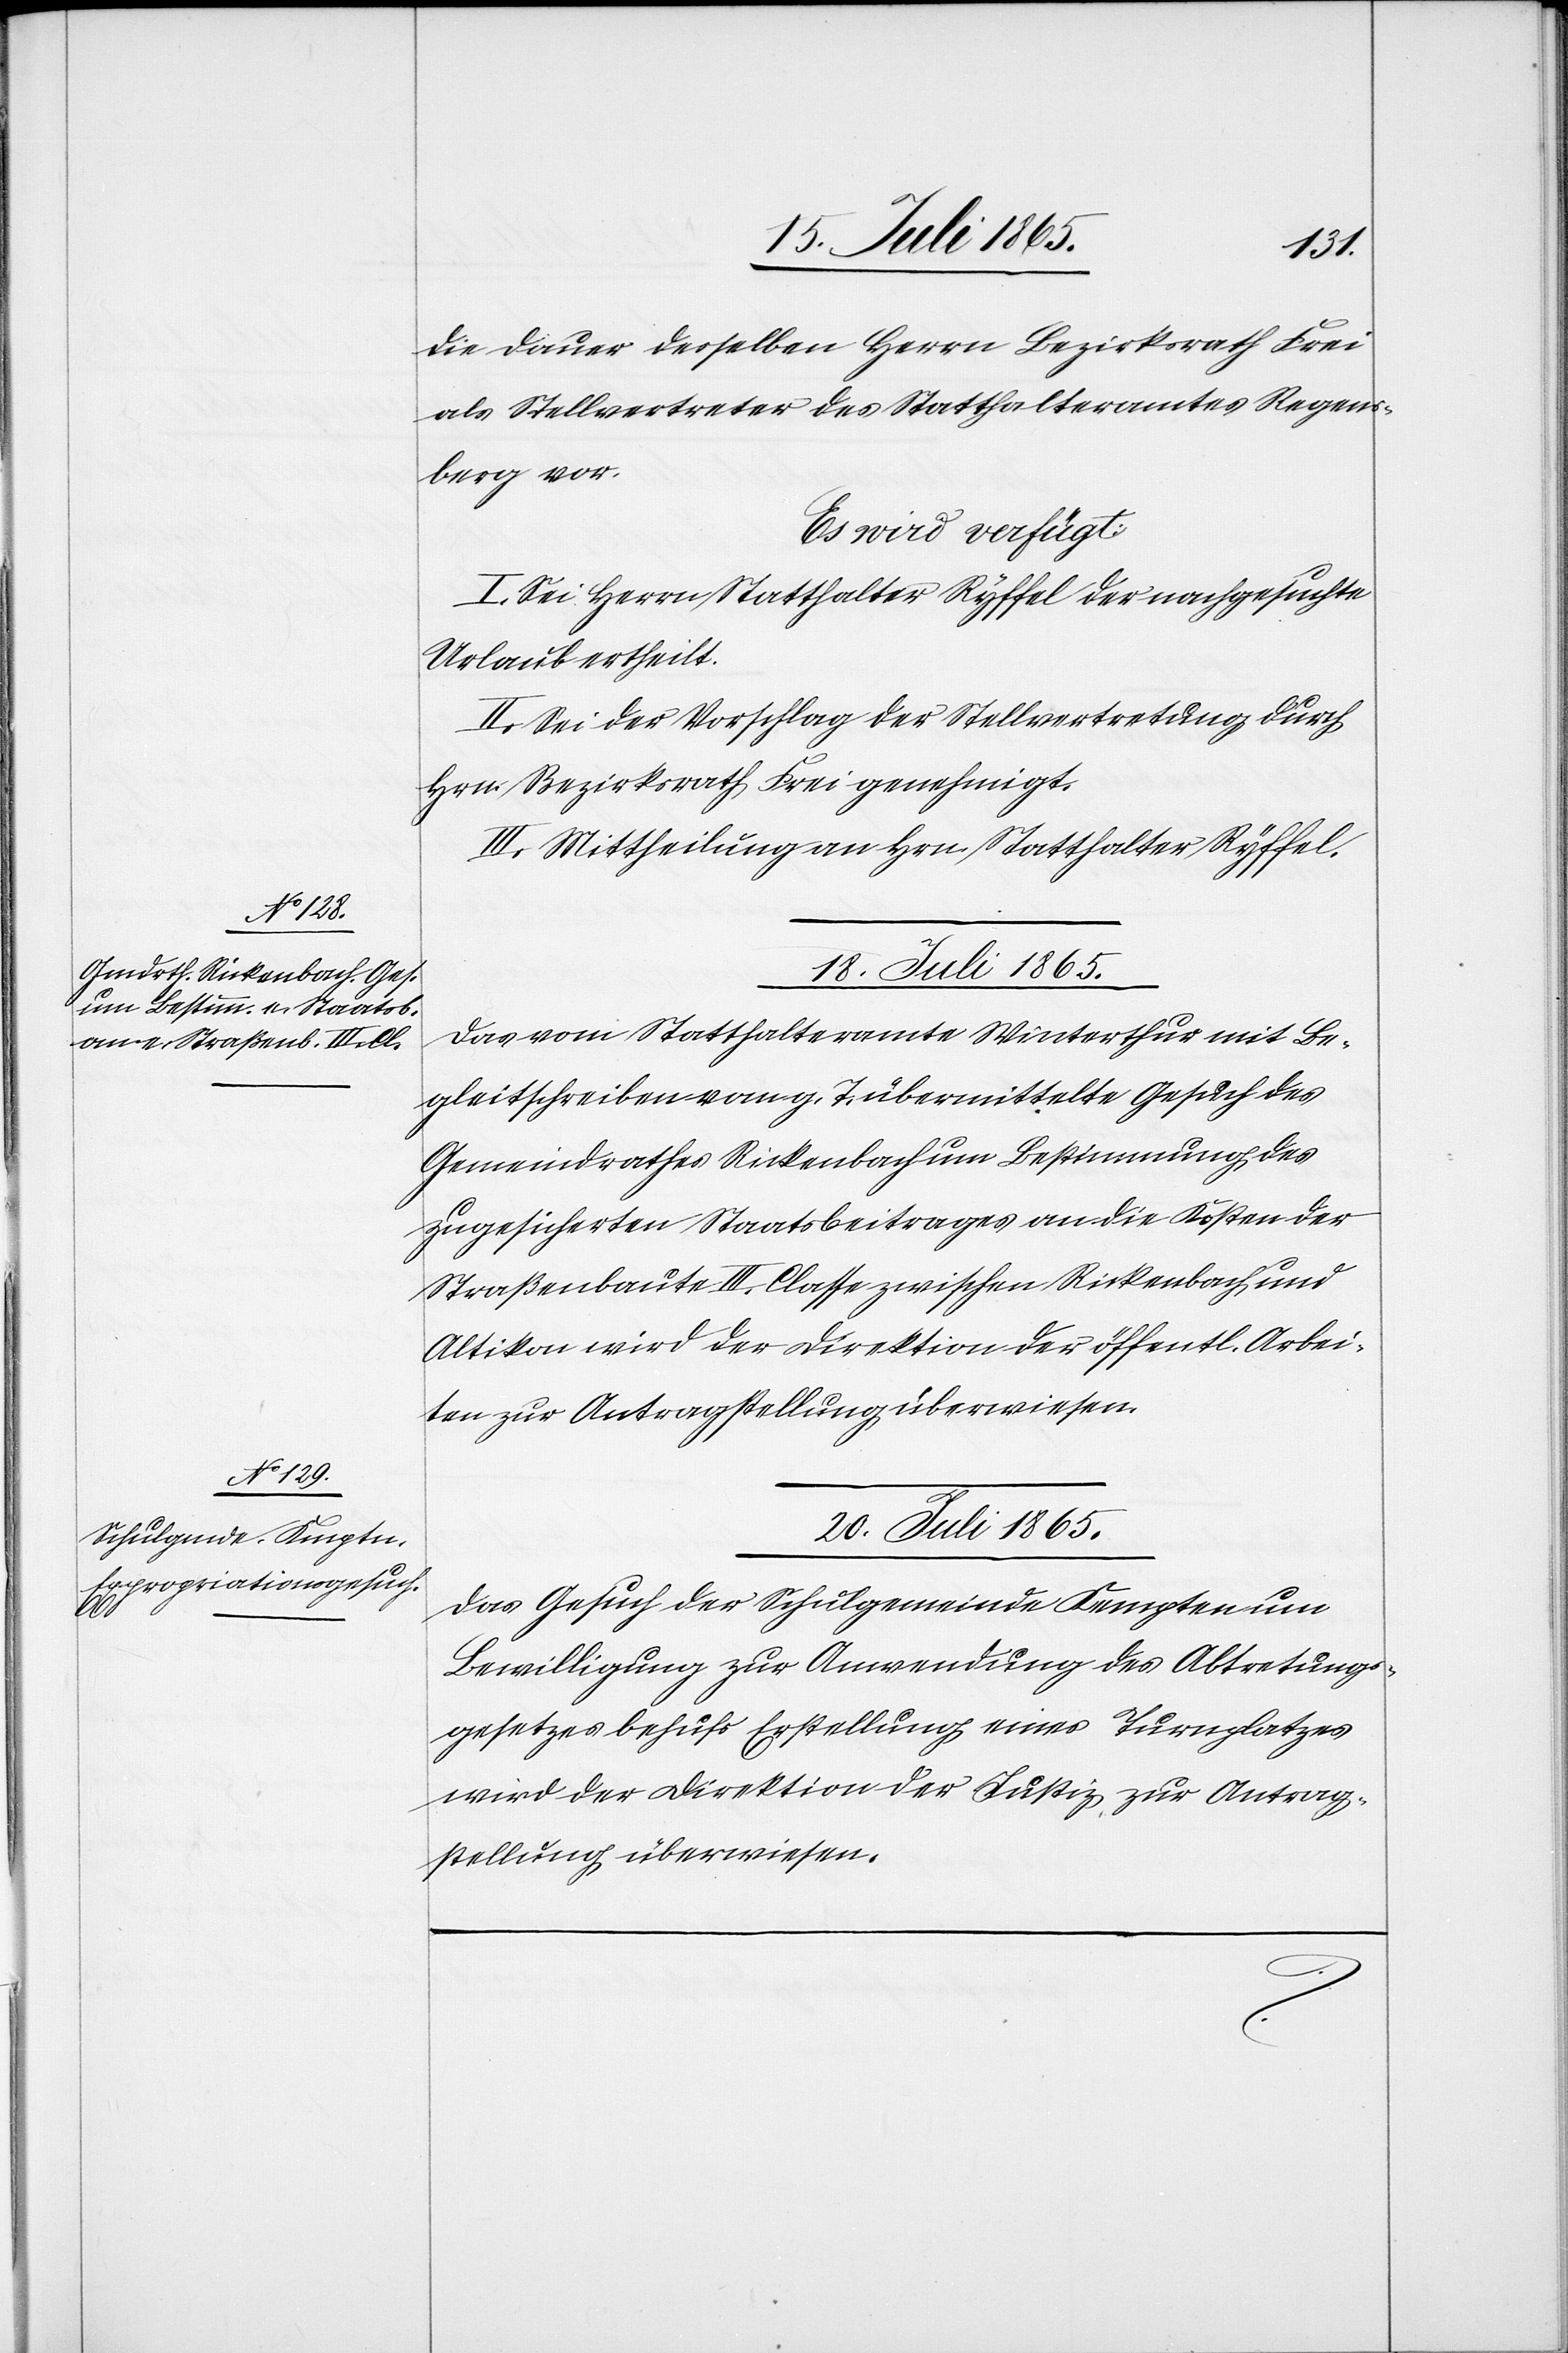
die Dauer desselben Herrn Bezirksrath Frei
als Stellvertreter des Statthalteramtes Regens¬
berg vor.
Es wird verfügt:
I. Sei Herrn Statthalter Ryffel der nachgesuchte
Urlaub ertheilt.
II. Sei der Vorschlag der Stellvertretung durch
Hrn. Bezirksrath Frei genehmigt.
III. Mittheilung an Hrn. Statthalter Ryffel.
18. Juli 1865.
Das vom Statthalteramte Winterthur mit Be¬
gleitschreiben vom g. T. übermittelte Gesuch des
Gemeindrathes Rickenbach um Bestimmung des
zugesicherten Staatsbeitrages an die Kosten der
Straßenbaute III. Classe zwischen Rickenbach und
Altikon wird der Direktion der öffentl. Arbei¬
ten zur Antragstellung überwiesen.
20. Juli 1865.
Das Gesuch der Schulgemeinde Kempten um
Bewilligung zur Anwendung des Abtretungs¬
gesetzes behufs Erstellung eines Turnplatzes
wird der Direktion der Justiz zur Antrag¬
stellung überwiesen.